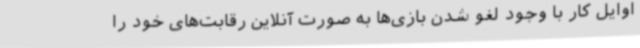
اوایل کار با وجود لغو شدن بازی‌ها به صورت آنلاین رقابت‌های خود را